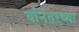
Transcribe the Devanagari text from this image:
र्यानंतरच्या